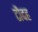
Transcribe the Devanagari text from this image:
टौदह